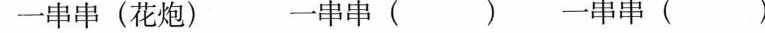
一串串(花炮) 一串串( ) 一串串( )